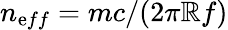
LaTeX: n_{\mathrm{e}ff}=mc/(2\pi\mathbb{R}f)